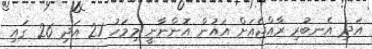
އަދި އެނބުރި ރާއްޖެއަށް އައުން އޮންނާނީ މިމަހު 21 އަދި 26 ގައި